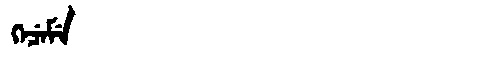
Manchu: ᡴᡝᠴᡝᠮᡝ
Romanization: KECEME